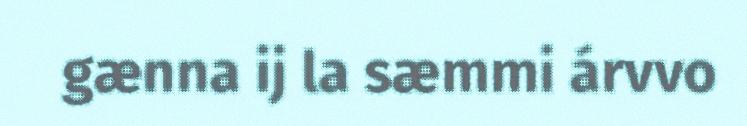
gænna ij la sæmmi árvvo